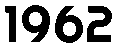
1962